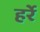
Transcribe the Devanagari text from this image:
हर्रे